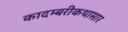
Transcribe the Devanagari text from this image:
कादम्बरीकथासार